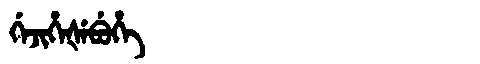
Manchu: ᡤᡝᠵᡳᡥᡝᡧᡝᠪᡠᡥᡝ
Romanization: GEJIHEŠEBUHE